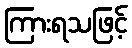
ကြားရသဖြင့်